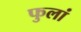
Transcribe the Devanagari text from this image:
फुलां